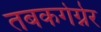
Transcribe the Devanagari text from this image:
तबकगेग्नेर